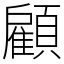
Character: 顧